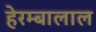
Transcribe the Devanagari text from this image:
हेरम्बालाल